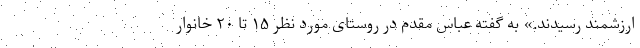
ارزشمند رسیدند.» به گفته عباس مقدم در روستای مورد نظر ۱۵ تا ۲۰ خانوار